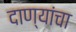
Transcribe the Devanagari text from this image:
दाण्यांचा